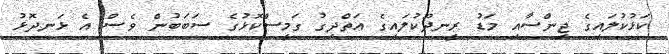
ކަޅުކުލައިގެ ޖިންސާއި މަޑު ރީނދޫކުލައިގެ އަތްދިގު ގަމީސްކޮޅުގެ ސަބަބުން ވެސް އެ ޅަނދޮޅު